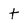
Character: t